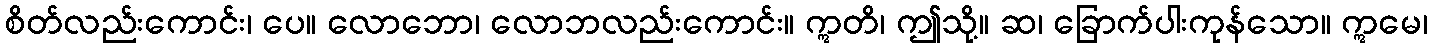
စိတ်လည်းကောင်း၊ ပေ။ လောဘော၊ လောဘလည်းကောင်း။ ဣတိ၊ ဤသို့။ ဆ၊ ခြောက်ပါးကုန်သော။ ဣမေ၊